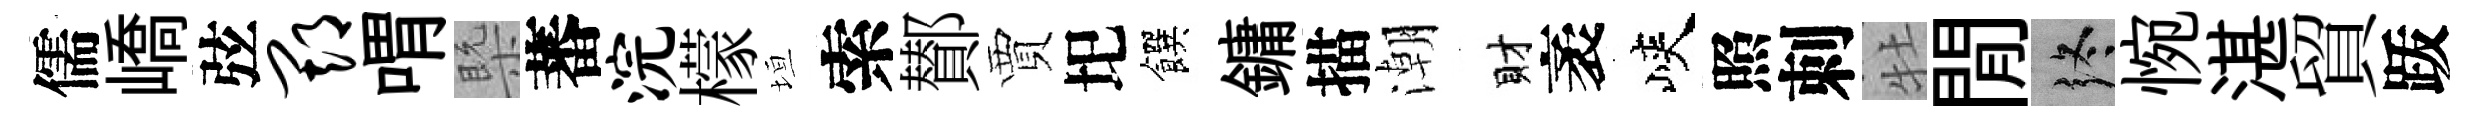
儒嶠弦期喟槩蕃浣檬垣索鄼賈圯饌鏞描潮財袤峽照刺牡閒终惋湛貿䟦